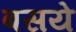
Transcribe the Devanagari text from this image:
बसये